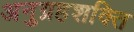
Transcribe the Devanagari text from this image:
अनुग्रहशक्ति